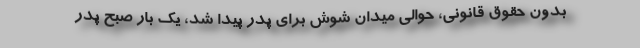
بدون حقوق قانوني، حوالي ميدان شوش براي پدر پيدا شد، يك ‌بار صبح پدر